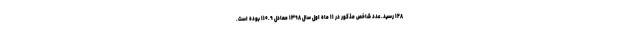
۱۲۸ رسید. عدد شاخص مذکور در ۱۱ ماه اول سال ۱۳۹۸ معادل ۱۱۰.۹ بوده است.